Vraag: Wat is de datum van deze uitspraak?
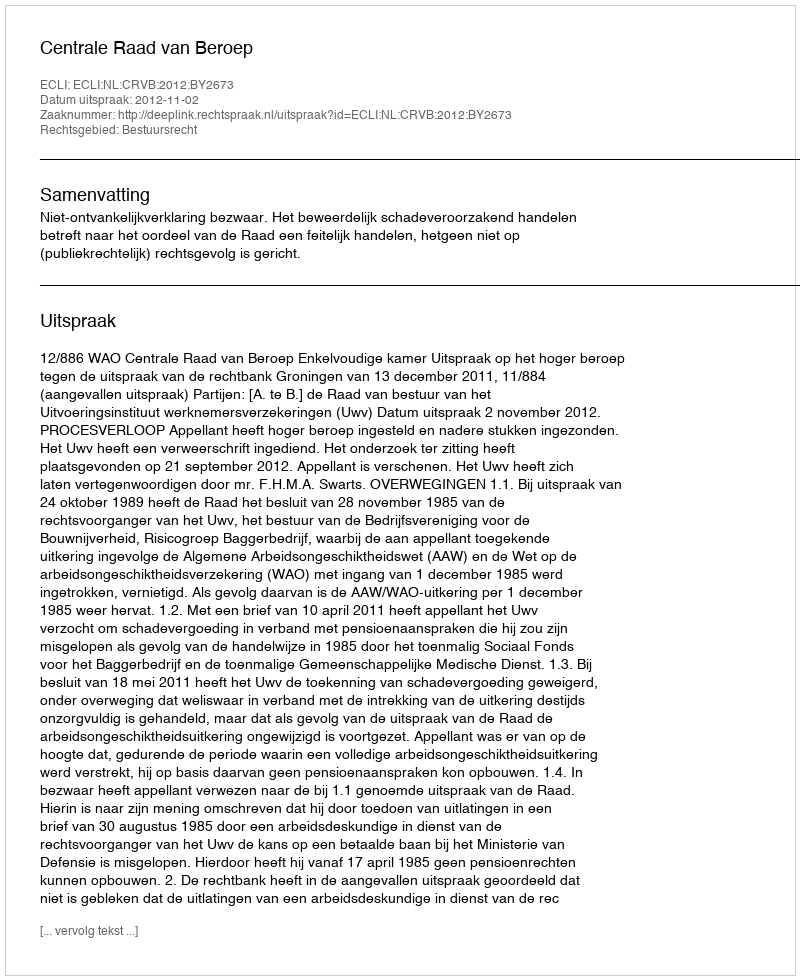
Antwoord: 2012-11-02